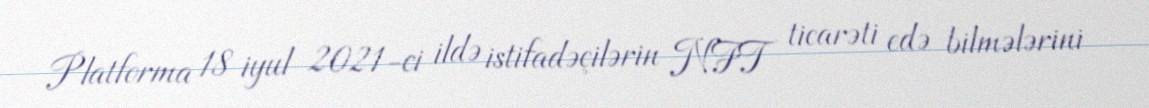
Platforma 18 iyul 2021-ci ildə istifadəçilərin NFT ticarəti edə bilmələrini